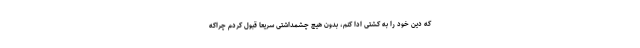
که دین خود را به کشتی ادا کنم، بدون هیچ چشمداشتی سریعا قبول کردم چراکه